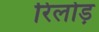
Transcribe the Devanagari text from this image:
रिलोड़